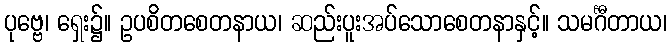
ပုဗ္ဗေ၊ ရှေး၌။ ဥပစိတစေတနာယ၊ ဆည်းပူးအပ်သောစေတနာနှင့်။ သမင်္ဂီတာယ၊